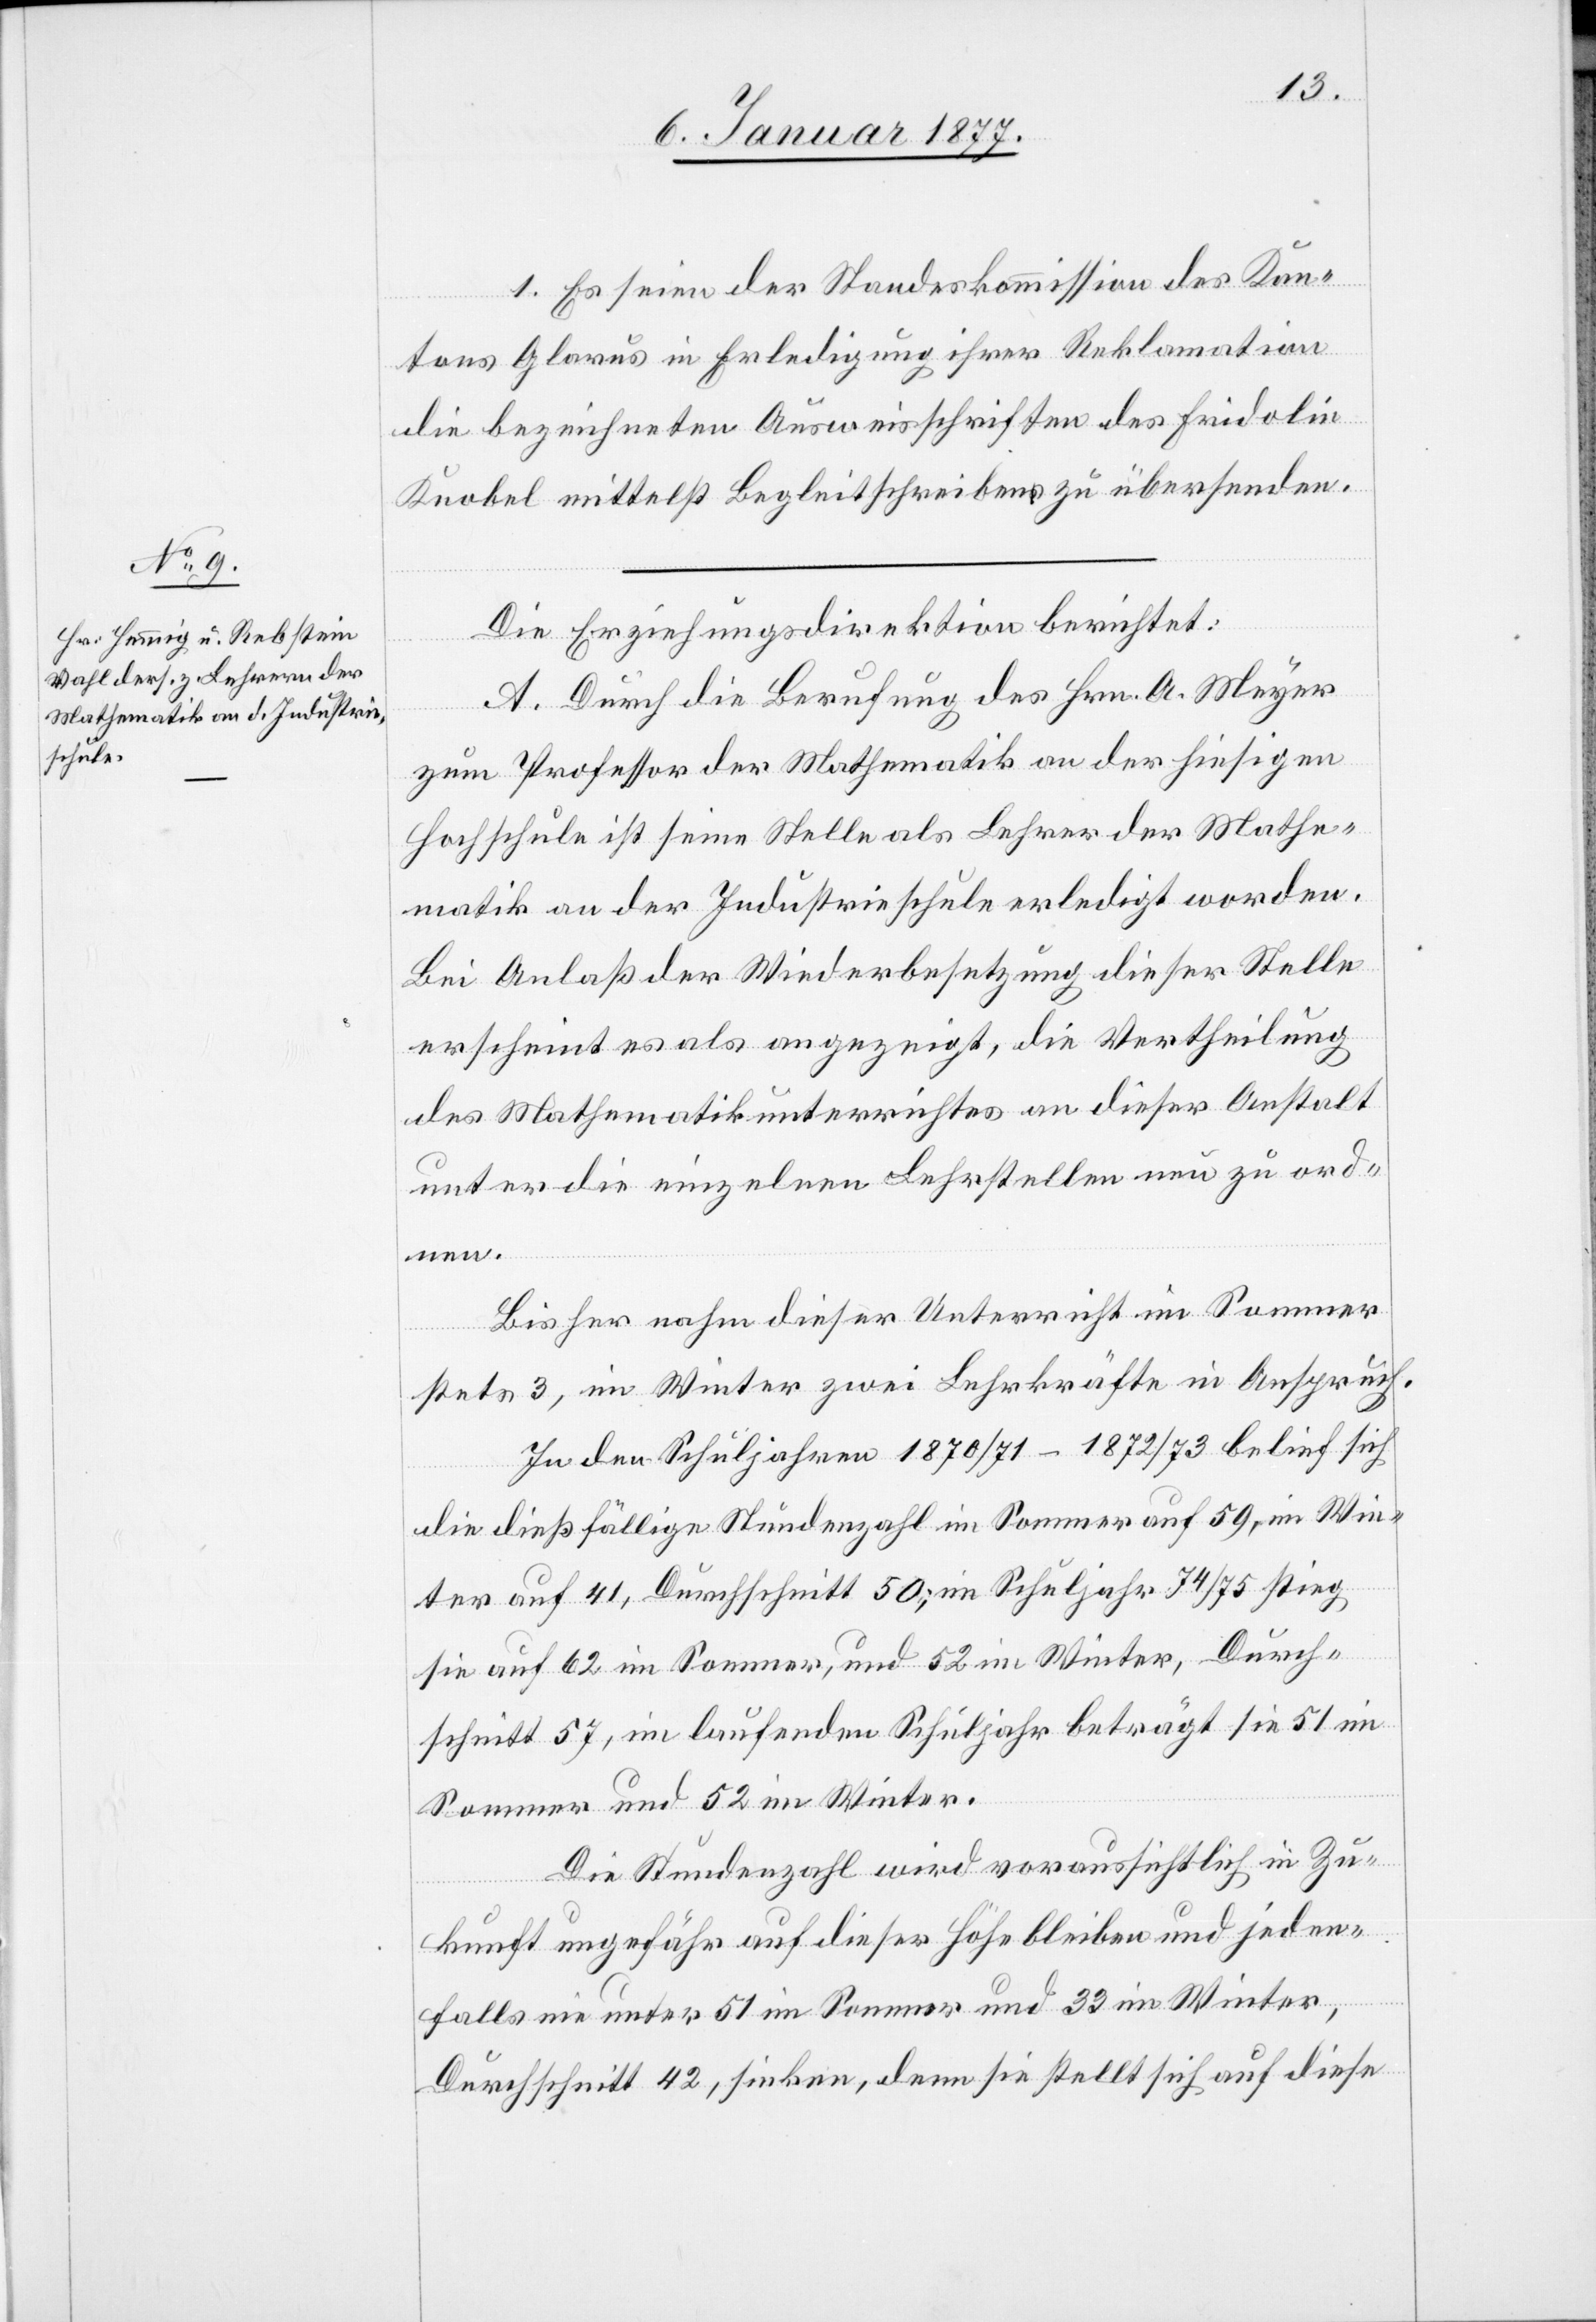
1. Es seien der Standeskommission des Kan¬
tons Glarus in Erledigung ihrer Reklamation
die bezeichneten Ausweisschriften des Fridolin
Knobel mittelst Begleitschreibens zu übersenden.
Die Erziehungsdirektion berichtet:
A. Durch die Berufung des Hrn. A. Meyer
zum Professor der Mathematik an der hiesigen
Hochschule ist seine Stelle als Lehrer der Mathe¬
matik an der Industrieschule erledigt worden.
Bei Anlaß der Wiederbesetzung dieser Stelle
erscheint es als angezeigt, die Vertheilung
des Mathematikunterrichtes an dieser Anstalt
unter die einzelnen Lehrstellen neu zu ord¬
nen.
Bisher nahm dieser Unterricht im Sommer
stets 3, im Winter zwei Lehrkräfte in Anspruch.
In den Schuljahren 1870/71–1872/73 belief sich
die dießfällige Stundenzahl im Sommer auf 59, im Win¬
ter auf 41, Durschnitt 50; im Schuljahr 74/75 stieg
sie auf 62 im Sommer, und 52 im Winter, Durch¬
schnittlich 57, im laufenden Schuljahr beträgt sie 51 im
Sommer und 52 im Winter.
Die Stundenzahl wird voraussichtlich in Zu¬
kunft ungefähr auf dieser Höhe bleiben und jeden¬
falls nie unter 51 im Sommer und 33 im Winter,
Durchschnitt 42, sinken, denn sie stellt sich auf diese